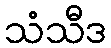
သံသီဒ